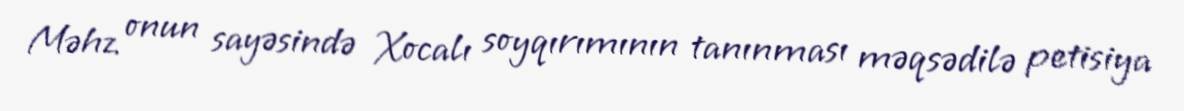
Məhz onun sayəsində Xocalı soyqırımının tanınması məqsədilə petisiya